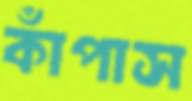
কাঁপাস